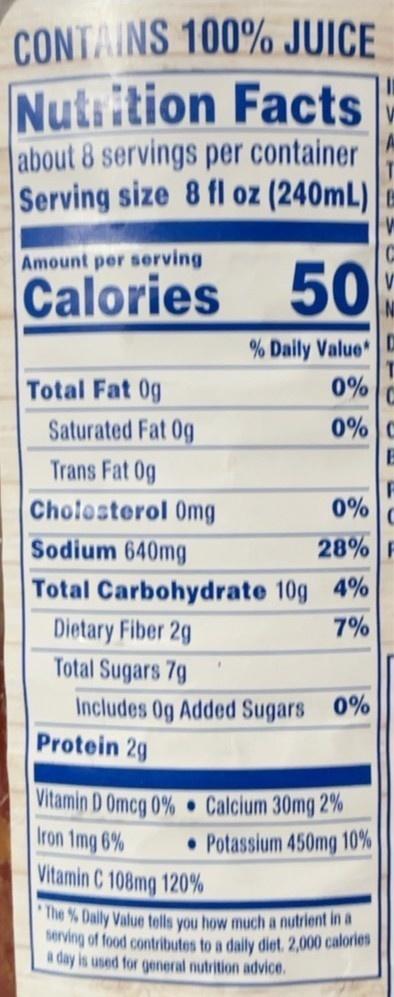
CONTAINS 100% JUICE
Nutrition Facts about 8 servings per container Serving size 8 fl oz (240mL)
Amount per serving
Calories
50
% Daily Value
Total Fat 0g
0%
Saturated Fat 0g
0% C
Trans Fat 0g
Cholesterol 0mg
0%
Sodium 640mg
28%
Total Carbohydrate 10g 4%
7%
Dietary Fiber 2g Total Sugars 7g
Includes Og Added Sugars 0% Protein 2g
Vitamin D Omcg 0% Calcium 30mg 2% Iron 1mg 6%
• Potassium 450mg 10%
Vitamin C 108mg 120%
The % Daily Value tells you how much a nutrient in a berving of food contributes to a dally diet. 2,000 calories a day is used for general nutrition advice.